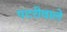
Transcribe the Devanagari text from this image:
पटरीवाले